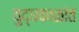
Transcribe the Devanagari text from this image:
युद्धकाळांत